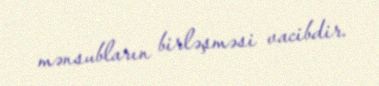
mənsubların birləşməsi vacibdir.